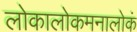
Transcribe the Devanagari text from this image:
लोकालोकमनालोकं